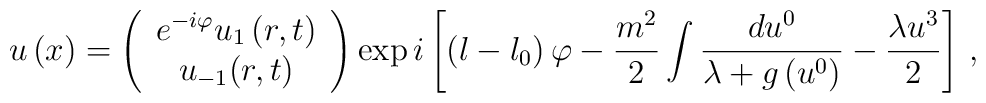
u\left( x\right) =\left( \begin{array}{c}e^{-i\varphi }u_{1}\left( r,t\right) \\ u_{-1}(r,t)\end{array}\right) \exp i\left[ \left( l-l_{0}\right) \varphi -\frac{m^{2}}{2}\int \frac{du^{0}}{\lambda +g\left( u^{0}\right) }-\frac{\lambda u^{3}}{2}\right]\,,